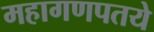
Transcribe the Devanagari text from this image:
महागणपतये